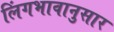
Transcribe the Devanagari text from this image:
लिंगभावानुसार